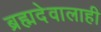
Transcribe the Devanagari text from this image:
ब्रह्मदेवालाही